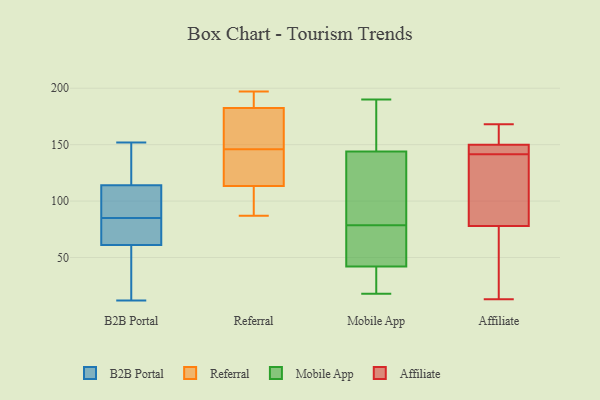
{"axis": {"x": "Tickets Resolved", "y": "Value"}, "legend": ["Affiliate", "B2B Portal", "Mobile App", "Referral"], "data": [{"x": "", "y": 94, "type": "B2B Portal"}, {"x": "", "y": 78, "type": "B2B Portal"}, {"x": "", "y": 12, "type": "B2B Portal"}, {"x": "", "y": 114, "type": "B2B Portal"}, {"x": "", "y": 149, "type": "B2B Portal"}, {"x": "", "y": 152, "type": "B2B Portal"}, {"x": "", "y": 61, "type": "B2B Portal"}, {"x": "", "y": 65, "type": "B2B Portal"}, {"x": "", "y": 17, "type": "B2B Portal"}, {"x": "", "y": 92, "type": "B2B Portal"}, {"x": "", "y": 87, "type": "Referral"}, {"x": "", "y": 131, "type": "Referral"}, {"x": "", "y": 146, "type": "Referral"}, {"x": "", "y": 102, "type": "Referral"}, {"x": "", "y": 187, "type": "Referral"}, {"x": "", "y": 156, "type": "Referral"}, {"x": "", "y": 178, "type": "Referral"}, {"x": "", "y": 184, "type": "Referral"}, {"x": "", "y": 108, "type": "Referral"}, {"x": "", "y": 197, "type": "Referral"}, {"x": "", "y": 129, "type": "Referral"}, {"x": "", "y": 30, "type": "Mobile App"}, {"x": "", "y": 59, "type": "Mobile App"}, {"x": "", "y": 45, "type": "Mobile App"}, {"x": "", "y": 187, "type": "Mobile App"}, {"x": "", "y": 83, "type": "Mobile App"}, {"x": "", "y": 144, "type": "Mobile App"}, {"x": "", "y": 39, "type": "Mobile App"}, {"x": "", "y": 74, "type": "Mobile App"}, {"x": "", "y": 86, "type": "Mobile App"}, {"x": "", "y": 141, "type": "Mobile App"}, {"x": "", "y": 26, "type": "Mobile App"}, {"x": "", "y": 42, "type": "Mobile App"}, {"x": "", "y": 18, "type": "Mobile App"}, {"x": "", "y": 51, "type": "Mobile App"}, {"x": "", "y": 83, "type": "Mobile App"}, {"x": "", "y": 190, "type": "Mobile App"}, {"x": "", "y": 177, "type": "Mobile App"}, {"x": "", "y": 144, "type": "Mobile App"}, {"x": "", "y": 168, "type": "Affiliate"}, {"x": "", "y": 78, "type": "Affiliate"}, {"x": "", "y": 140, "type": "Affiliate"}, {"x": "", "y": 150, "type": "Affiliate"}, {"x": "", "y": 165, "type": "Affiliate"}, {"x": "", "y": 150, "type": "Affiliate"}, {"x": "", "y": 23, "type": "Affiliate"}, {"x": "", "y": 143, "type": "Affiliate"}, {"x": "", "y": 13, "type": "Affiliate"}, {"x": "", "y": 83, "type": "Affiliate"}]}